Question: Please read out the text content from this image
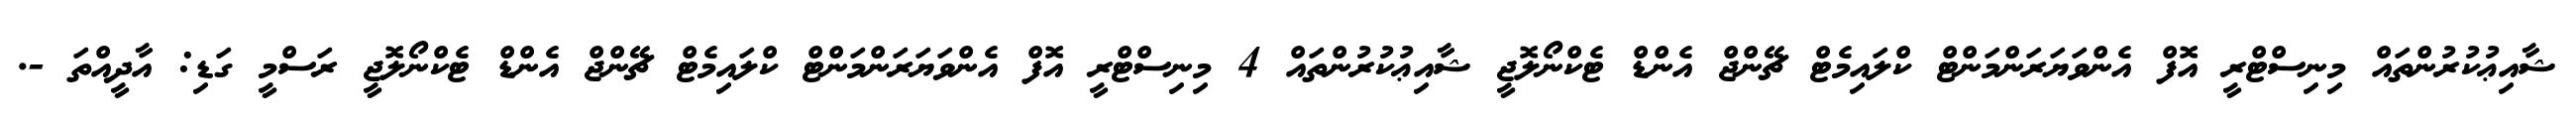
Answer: ޝާއިޢުކުރުންތައް މިނިސްޓްރީ އޮފް އެންވަޔަރަންމަންޓް ކްލައިމެޓް ޗޭންޖް އެންޑް ޓެކްނޯލޮޖީ ޝާއިޢުކުރުންތައް 4 މިނިސްޓްރީ އޮފް އެންވަޔަރަންމަންޓް ކްލައިމެޓް ޗޭންޖް އެންޑް ޓެކްނޯލޮޖީ ރަސްމީ ގަޑި: އާދީއްތަ -.